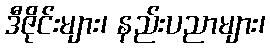
ဒီဇိုင်းများ၊ နည်းပညာများ၊